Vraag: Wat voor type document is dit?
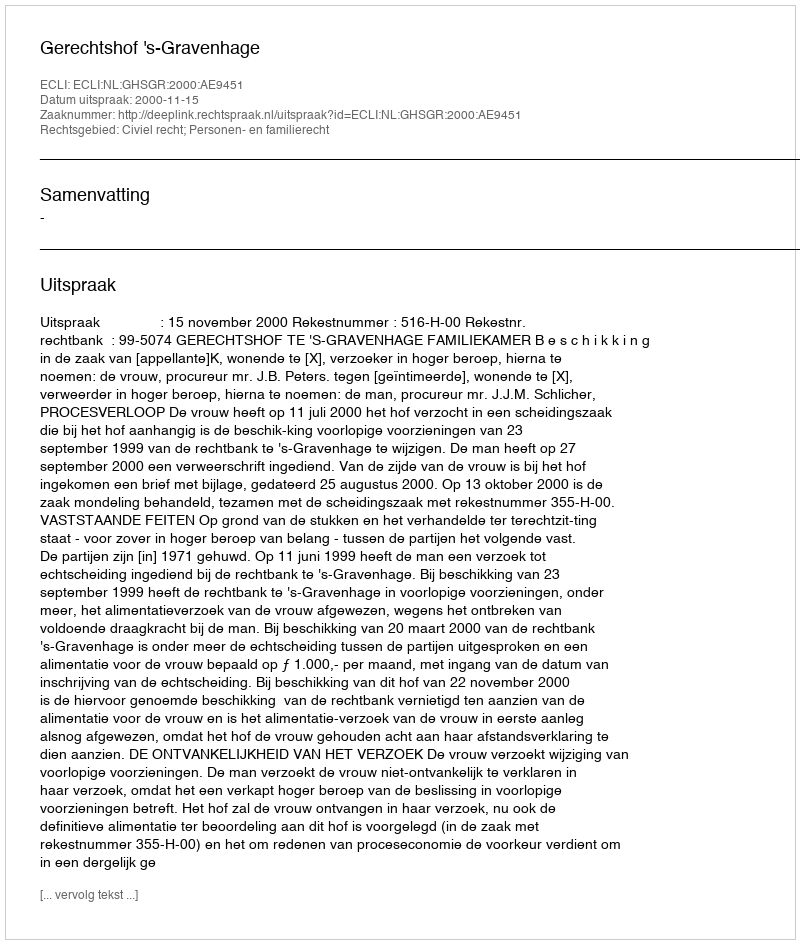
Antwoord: Uitspraak